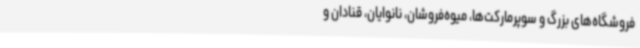
فروشگاه‌های بزرگ و سوپرمارکت‌ها، میوه‌فروشان، نانوایان، قنادان و